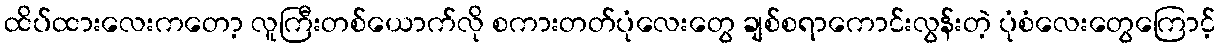
ထိပ်ထားလေးကတော့ လူကြီးတစ်ယောက်လို စကားတတ်ပုံလေးတွေ ချစ်စရာကောင်းလွန်းတဲ့ ပုံစံလေးတွေကြောင့်